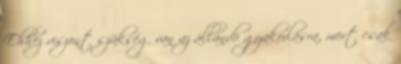
Ehhez viszont szükség van az állandó gyakorlásra, mert csak